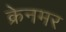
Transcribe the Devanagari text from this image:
क्रेनमर